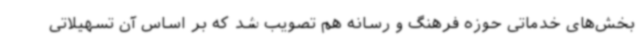
بخش‌های خدماتی حوزه فرهنگ و رسانه هم تصویب شد که بر اساس آن تسهیلاتی